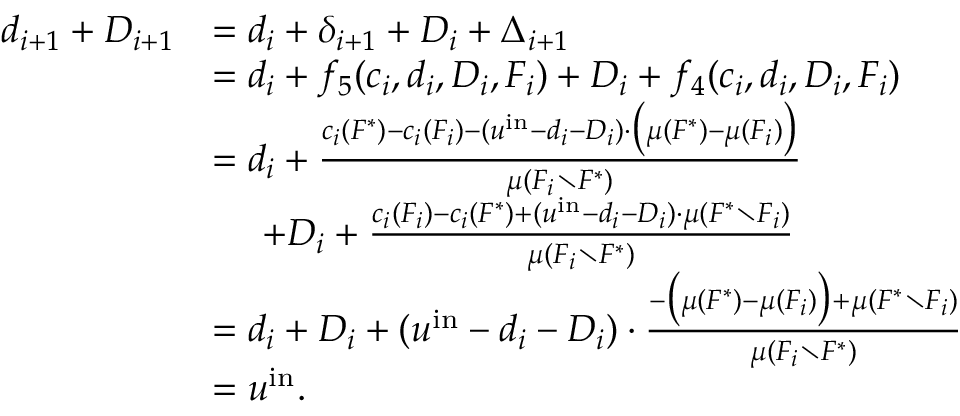
\begin{array} { r l } { d _ { i + 1 } + D _ { i + 1 } } & { = d _ { i } + \delta _ { i + 1 } + D _ { i } + \Delta _ { i + 1 } } \\ { } & { = d _ { i } + f _ { 5 } ( c _ { i } , d _ { i } , D _ { i } , F _ { i } ) + D _ { i } + f _ { 4 } ( c _ { i } , d _ { i } , D _ { i } , F _ { i } ) } \\ { } & { = d _ { i } + \frac { c _ { i } ( F ^ { * } ) - c _ { i } ( F _ { i } ) - ( u ^ { \mathrm { i n } } - d _ { i } - D _ { i } ) \cdot \big ( \mu ( F ^ { * } ) - \mu ( F _ { i } ) \big ) } { \mu ( F _ { i } \setminus F ^ { * } ) } } \\ { } & { ~ ~ ~ ~ + D _ { i } + \frac { c _ { i } ( F _ { i } ) - c _ { i } ( F ^ { * } ) + ( u ^ { \mathrm { i n } } - d _ { i } - D _ { i } ) \cdot \mu ( F ^ { * } \setminus F _ { i } ) } { \mu ( F _ { i } \setminus F ^ { * } ) } } \\ { } & { = d _ { i } + D _ { i } + ( u ^ { \mathrm { i n } } - d _ { i } - D _ { i } ) \cdot \frac { - \big ( \mu ( F ^ { * } ) - \mu ( F _ { i } ) \big ) + \mu ( F ^ { * } \setminus F _ { i } ) } { \mu ( F _ { i } \setminus F ^ { * } ) } } \\ { } & { = u ^ { \mathrm { i n } } . } \end{array}